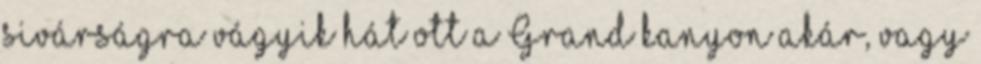
sivárságra vágyik hát ott a Grand kanyon akár, vagy